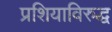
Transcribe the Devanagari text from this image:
प्रशियाविरुद्ध